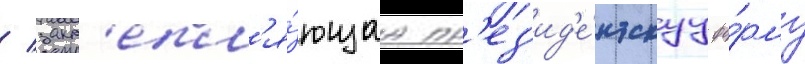
/ закр'епл'я́ющаа пр'ез'ид'е́нтскуу фо́рму